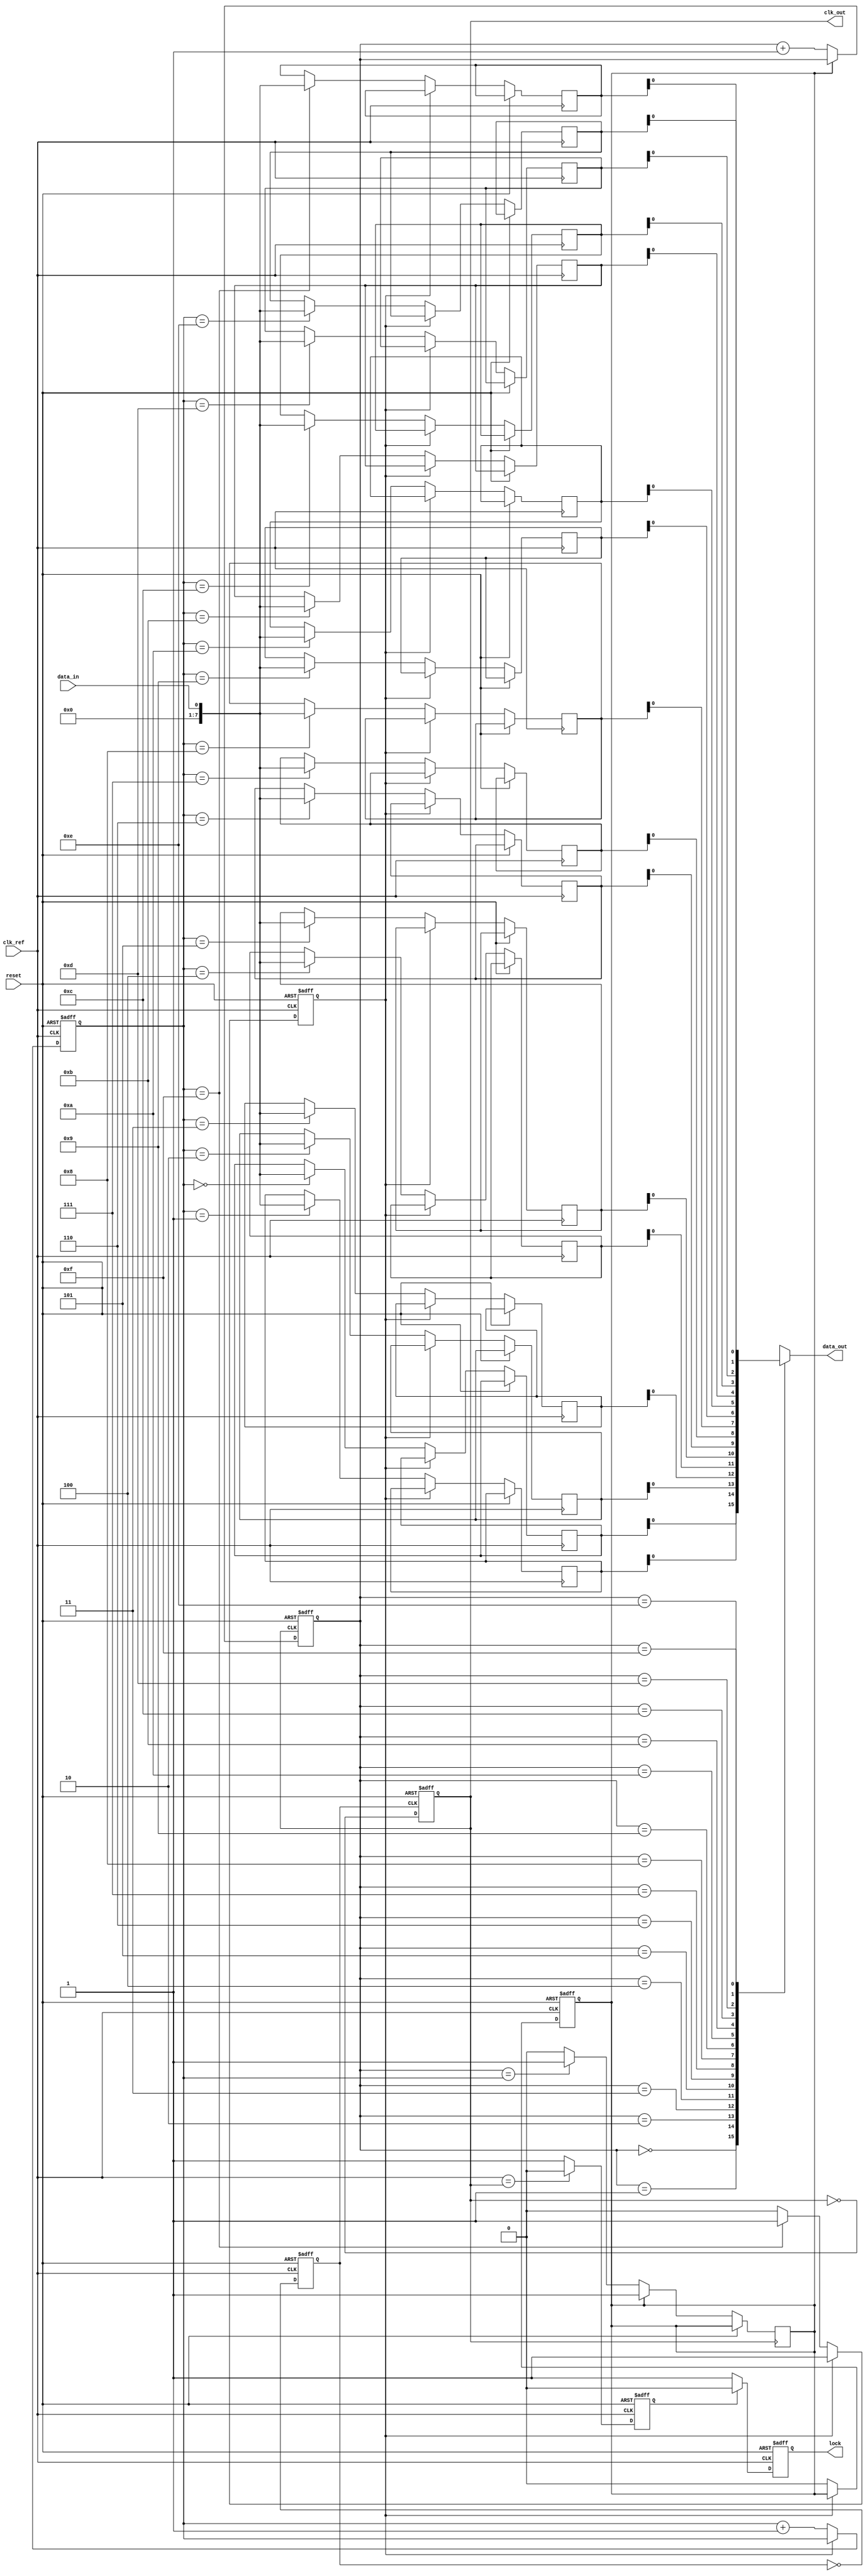
module PLL_Synchronizer (
    input wire clk_ref,          // Reference clock
    input wire reset,            // Reset signal
    input wire data_in,          // Data input from source clock domain
    output wire data_out,        // Data output to destination clock domain
    output wire clk_out,         // Synchronized clock output
    output wire lock             // Lock signal
);

// Phase Detector
reg phase_error;
always @(posedge clk_ref or posedge reset) begin
    if (reset) begin
        phase_error <= 1'b0;
    end else begin
        // Simple phase comparison logic (placeholder)
        // Actual implementation would compare clock edges
        phase_error <= (clk_ref == clk_out) ? 1'b0 : 1'b1;
    end
end

// Low-Pass Filter
reg [7:0] control_voltage;
always @(posedge clk_ref or posedge reset) begin
    if (reset) begin
        control_voltage <= 8'b0;
    end else begin
        // Simple low-pass filter (placeholder)
        control_voltage <= (control_voltage + phase_error) >> 1; // Averaging
    end
end

// Voltage-Controlled Oscillator (VCO)
reg clk_vco;
always @(posedge clk_ref or posedge reset) begin
    if (reset) begin
        clk_vco <= 1'b0;
    end else begin
        // Simple VCO logic (placeholder)
        // Actual implementation would adjust frequency based on control_voltage
        clk_vco <= ~clk_vco; // Toggle for demonstration
    end
end

// Clock Divider
reg clk_div;
always @(posedge clk_vco or posedge reset) begin
    if (reset) begin
        clk_div <= 1'b0;
    end else begin
        clk_div <= ~clk_div; // Divide by 2 for demonstration
    end
end

// Data Synchronizer (FIFO)
reg [7:0] fifo [0:15]; // Simple FIFO buffer
reg [3:0] write_ptr, read_ptr;
reg fifo_full, fifo_empty;

always @(posedge clk_ref or posedge reset) begin
    if (reset) begin
        write_ptr <= 4'b0;
        fifo_full <= 1'b0;
        fifo_empty <= 1'b1;
    end else if (!fifo_full) begin
        fifo[write_ptr] <= data_in; // Write data
        write_ptr <= write_ptr + 1;
        fifo_empty <= 1'b0;
        if (write_ptr == 4'b1111) fifo_full <= 1'b1; // Check for full
    end
end

assign data_out = fifo[read_ptr]; // Read data (simplified)
always @(posedge clk_div or posedge reset) begin
    if (reset) begin
        read_ptr <= 4'b0;
    end else if (!fifo_empty) begin
        read_ptr <= read_ptr + 1; // Read data
        if (read_ptr == write_ptr) fifo_empty <= 1'b1; // Check for empty
    end
end

// Lock Detection
reg lock_signal;
always @(posedge clk_ref or posedge reset) begin
    if (reset) begin
        lock_signal <= 1'b0;
    end else begin
        // Simple lock detection logic (placeholder)
        lock_signal <= (phase_error == 1'b0) ? 1'b1 : 1'b0; // Locked if no phase error
    end
end

assign clk_out = clk_div; // Output synchronized clock
assign lock = lock_signal; // Output lock signal

endmodule